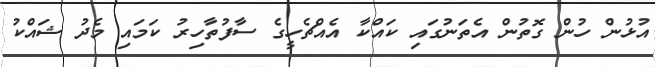
އުޅުން ހުން ގޮތުން އެތަނުގައި ކައްކާ އެއްޗެހީގެ ސާފުތާހިރު ކަމައި މެދު ޝައްކު